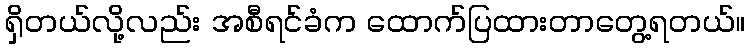
ရှိတယ်လို့လည်း အစီရင်ခံက ထောက်ပြထားတာတွေ့ရတယ်။